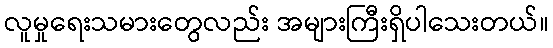
လူမှုရေးသမားတွေလည်း အများကြီးရှိပါသေးတယ်။